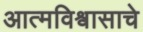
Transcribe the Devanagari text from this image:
आत्मविश्वासाचे